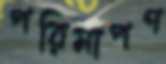
পরিমাপণ